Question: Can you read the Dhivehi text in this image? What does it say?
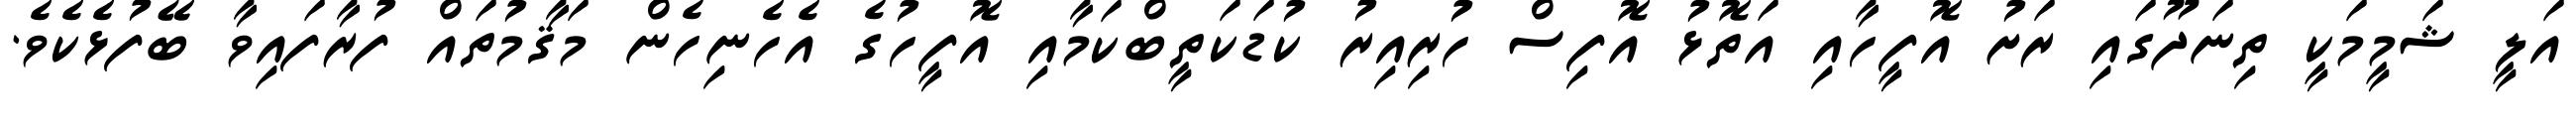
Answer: އަލީ ޝަމީމަކީ ތިނަދޫގައި ރަށު އޮފީހާއި އަތޮޅު އޮފިސް ހުރިއިރު ކުޑަކަތީބްކަމާއި އޮފީހުގެ އެހެނިހެން މަޤާމުތައް ފުރާފައިވާ ބޭފުޅެކެވެ.